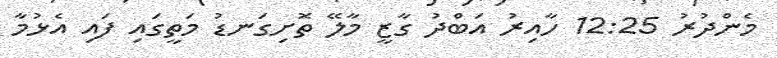
މެންދުރު 12:25 ހާއިރު އަބްދު ގާޒީ މާލޭ ތޮށިގަނޑު މަތީގައި ފައި އެޅުމާ